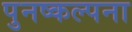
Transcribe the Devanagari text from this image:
पुनष्कल्पना